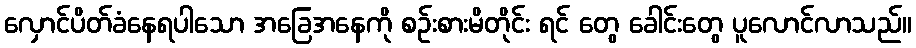
လှောင်ပိတ်ခံနေရပါသော အခြေအနေကို စဉ်းစားမိတိုင်း ရင် တွေ ခေါင်းတွေ ပူလောင်လာသည်။